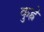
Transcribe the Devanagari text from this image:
कुह्ने